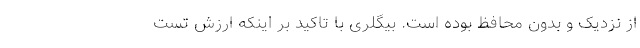
از نزدیک و بدون محافظ بوده است. بیگلری با تاکید بر اینکه ارزش تست